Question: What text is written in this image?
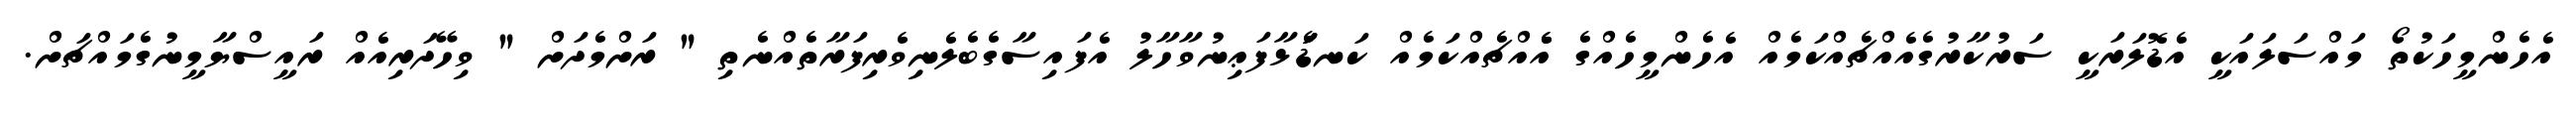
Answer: އެހެންމީހަކުތޯ މައްސަލައަކީ އެޑޮލަރަކީ ސަރުކާރުގެއެއްޗެއްކަމެއް އެހެންމީހެއްގެ އެެއްޗެއްކަމެއް ކަނޑަެަޅާފަޢިނުވާހާލު އެފައިސާގެބެލެނިވެރިފަރާތެއްނެތި " ރަށްމެދަށް " ވިހޭދަރިއެއް ރައީސްޔާމީނުގެމައްޗަށް.